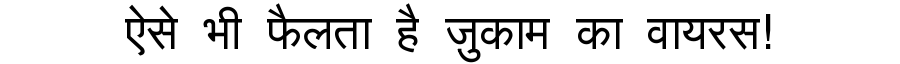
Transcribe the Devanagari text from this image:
ऐसे भी फैलता है ज़ुकाम का वायरस!